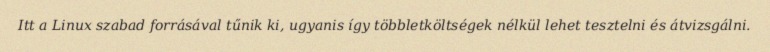
Itt a Linux szabad forrásával tűnik ki, ugyanis így többletköltségek nélkül lehet tesztelni és átvizsgálni.